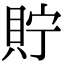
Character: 貯